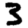
Digit: 3